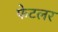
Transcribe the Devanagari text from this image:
फेटलर